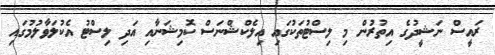
ރައީސް ނަޝީދުގެ އިތުރުން މި ލިސްޓުތަކުގައި އިލެކްޝްނަސް ކޮމިޝަނާއި އަދި ލިސްޓު އެކުލަވާލުމުގައި